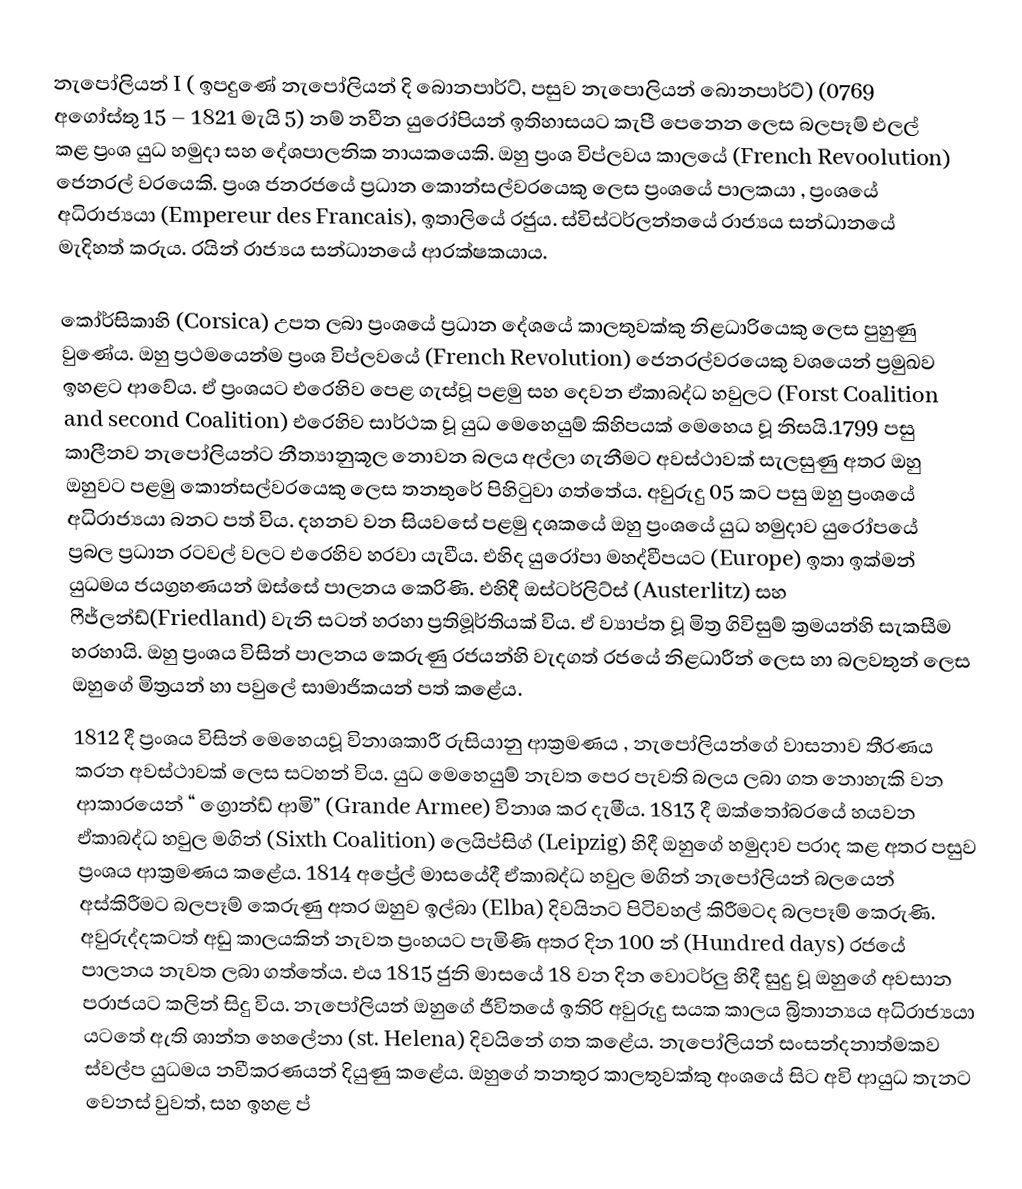
නැපෝලියන් I ( ඉපදුණේ නැපෝලියන් දි බොනපාර්ට්, පසුව නැපොලියන් බොනපාර්ට්) (0769 අගෝස්තු 15 – 1821 මැයි 5) නම් නවීන යුරෝපියන් ඉතිහාසයට කැපී පෙනෙන ලෙස බලපෑම් එලල් කළ ප්‍රංශ යුධ හමුදා සහ දේශපාලනික නායකයෙකි. ඔහු ප්‍රංශ විප්ලවය කාලයේ (French Revoolution) ජෙනරල් වරයෙකි. ප්‍රංශ ජනරජයේ ප්‍රධාන කොන්සල්වරයෙකු ලෙස ප්‍රංශයේ පාලකයා , ප්‍රංශයේ අධිරාජ්‍යයා (Empereur des Francais), ඉතාලියේ රජුය. ස්විස්ටර්ලන්තයේ රාජ්‍යය සන්ධානයේ මැදිහත් කරුය. රයින් රාජ්‍යය සන්ධානයේ ආරක්ෂකයාය.

කෝර්සිකාහි (Corsica) උපත ලබා ප්‍රංශයේ ප්‍රධාන දේශයේ කාලතුවක්කු නිළධාරියෙකු ලෙස පුහුණු වුණේය. ඔහු ප්‍රථමයෙන්ම ප්‍රංශ විප්ලවයේ (French Revolution) ජෙනරල්වරයෙකු වශයෙන් ප්‍රමුඛව ඉහළට ආවේය. ඒ ප්‍රංශයට එරෙහිව පෙළ ගැස්වූ පළමු සහ දෙවන ඒකාබද්ධ හවුලට (Forst Coalition and second Coalition) එරෙහිව සාර්ථක වූ යුධ මෙහෙයුම් කිහිපයක් මෙහෙය වූ නිසයි.1799 පසු කාලීනව නැපෝලියන්ට නීත්‍යානුකූල නොවන බලය අල්ලා ගැනීමට අවස්ථාවක් සැලසුණු අතර ඔහු ඔහුවට පළමු කොන්සල්වරයෙකු ලෙස තනතුරේ පිහිටුවා ගත්තේය. අවුරුදු 05 කට පසු ඔහු ප්‍රංශයේ අධිරාජ්‍යයා බනට පත් විය. දහනව වන සියවසේ පළමු දශකයේ ඔහු ප්‍රංශයේ යුධ හමුදාව යුරෝපයේ ප්‍රබල ප්‍රධාන රටවල් වලට එරෙහිව හරව‍ා යැවීය. එහිද යුරෝපා මහද්වීපයට (Europe) ඉතා ඉක්මන් යුධමය ජයග්‍රහණයන් ඔස්සේ පාලනය කෙරිණි. එහිදී ඔස්ටර්ලිට්ස් (Austerlitz) සහ ෆීජ්ලන්ඩ්(Friedland) වැනි සටන් හරහා ප්‍රතිමූර්තියක් විය. ඒ ව්‍යාප්ත වූ මිත්‍ර ගිවිසුම් ක්‍රමයන්හි සැකසීම හරහායි. ඔහු ප්‍රංශය විසින් පාලනය කෙරුණු රජයන්හි වැදගත් රජයේ නිළධාරීන් ලෙස හා බලවතුන් ලෙස ඔහුගේ මිත්‍රයන් හා පවුලේ සාමාජිකයන් පත් කළේය.
1812 දී ප්‍රංශය විසින් මෙහෙයවූ විනාශකාරී රුසියානු ආක්‍රමණය , නැපෝලියන්ගේ වාසනාව තීරණය කරන අවස්ථාවක් ලෙස සටහන් විය. යුධ මෙහෙයුම් නැවත පෙර පැවති බලය ලබා ගත නොහැකි වන ආකාරයෙන් “ ග්‍රොන්ඩ් ආමි” (Grande Armee) විනාශ කර දැමීය. 1813 දී ඔක්තෝබරයේ හයවන ඒකාබද්ධ හවුල මගින් (Sixth Coalition) ලෙයිප්සිග් (Leipzig) හිදී ඔහුගේ හමුදාව පරාද කළ අතර පසුව ප්‍රංශය ආක්‍රමණය කළේය. 1814 අප්‍රේල් මාසයේදී ඒකාබද්ධ හවුල මගින් නැපෝලියන් බලයෙන් අස්කිරීමට බලපෑම් කෙරුණු අතර ඔහුව ඉල්බා (Elba) දිවයිනට පිටිවහල් කිරීමටද බලපෑම් කෙරුණි. අවුරුද්දකටත් අඩු කාලයකින් නැවත ප්‍රංහයට පැමිණි අතර දින 100 න් (Hundred days) රජයේ පාලනය නැවත ලබා ගත්තේය. එය 1815 ජුනි මාසයේ 18 වන දින වොටර්ලු හිදී සුදු වූ ඔහුගේ අවසාන පරාජයට කලින් සිදු විය. නැපෝලියන් ඔහුගේ ජීවිතයේ ඉතිරි අවුරුදු සයක කාලය බ්‍රිතාන්‍යය අධිරාජ්‍යයා යටතේ ඇති ශාන්ත හෙලේනා (st. Helena) දිවයිනේ ගත කළේය. නැපෝලියන් සංසන්දනාත්මකව ස්වල්ප යුධමය නවීකරණයන් දියුණු කළේය. ඔහුගේ තනතුර කාලතුවක්කු අංශයේ සිට අවි ආයුධ තැනට වෙනස් වුවත්, සහ ඉහළ ප්‍